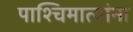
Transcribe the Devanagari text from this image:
पाश्चिमात्यांना